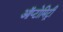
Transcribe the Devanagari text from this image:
ऑप्टोमिट्री